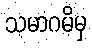
သမာဂမိမှ